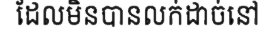
ដែលមិនបានលក់ដាច់នៅ